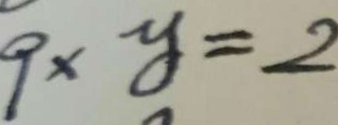
9 \times y = 2